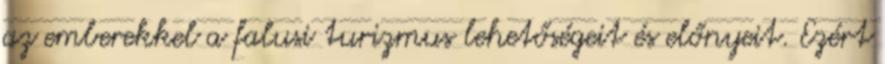
az emberekkel a falusi turizmus lehetőségeit és előnyeit. Ezért